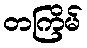
တကြိမ်